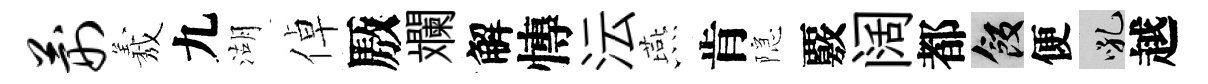
荆𦏁九湖倬厫斕解慱沄燕肯隠覈阔都飯便吼越